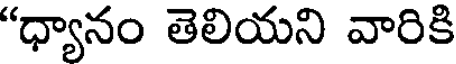
"ధ్యానం తెలియని వారికి